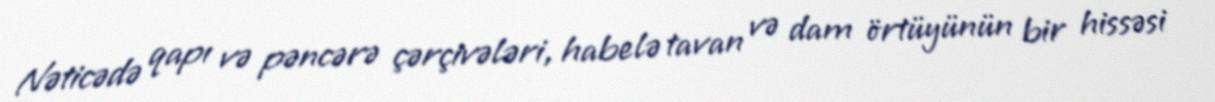
Nəticədə qapı və pəncərə çərçivələri, habelə tavan və dam örtüyünün bir hissəsi